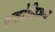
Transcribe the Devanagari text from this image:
एवोलिशन